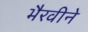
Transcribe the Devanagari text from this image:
भैरवीने